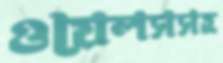
ওয়েলসসহ